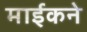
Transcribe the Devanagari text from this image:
माईकने